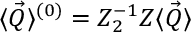
\langle \vec { Q } \rangle ^ { ( 0 ) } = Z _ { 2 } ^ { - 1 } Z \langle \vec { Q } \rangle